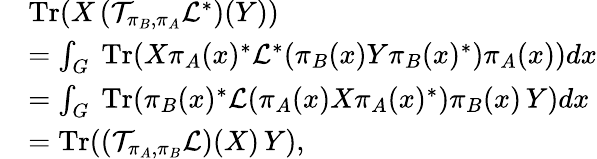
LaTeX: \begin{array}{rl}&{\mathrm{Tr}(X\left(\mathcal{T}_{\pi_{B},\pi_{A}}\mathcal{L}^{*}\right)(Y))}\\ &{=\int_{G}\mathrm{~Tr}(X\pi_{A}(x)^{*}\mathcal{L}^{*}(\pi_{B}(x)Y\pi_{B}(x)^{*})\pi_{A}(x))dx}\\ &{=\int_{G}\mathrm{~Tr}(\pi_{B}(x)^{*}\mathcal{L}(\pi_{A}(x)X\pi_{A}(x)^{*})\pi_{B}(x)\, Y)dx}\\ &{=\mathrm{Tr}(\left(\mathcal{T}_{\pi_{A},\pi_{B}}\mathcal{L}\right)(X)\, Y),}\end{array}